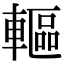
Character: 䡱